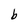
Character: b